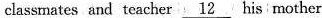
classmates and teacher \underline{12}his mother